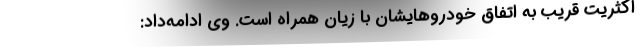
اکثریت قریب به اتفاق خودروهایشان با زیان همراه است. وی ادامه‌داد: